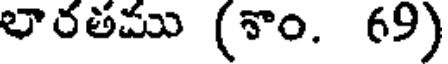
లారతము (శాం. 69)